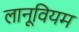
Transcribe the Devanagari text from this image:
लानूवियम